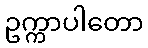
ဥက္ကာပါတော